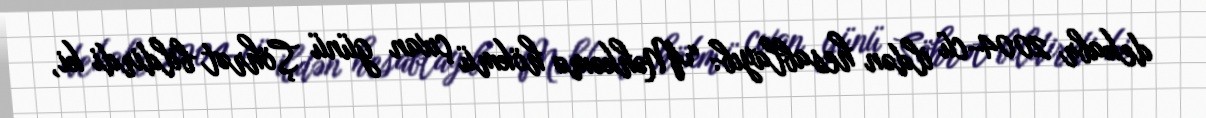
dekabr 2004-cü ildən hesablayıb: “Məhkəmə hökmü çıxan günü Şöhrət bildirdi ki,